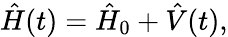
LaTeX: \hat{H}(t)=\hat{H}_{0}+\hat{V}(t),